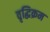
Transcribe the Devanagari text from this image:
वृद्धिक्रम